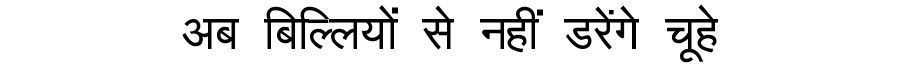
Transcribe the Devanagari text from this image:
अब बिल्लियों से नहीं डरेंगे चूहे